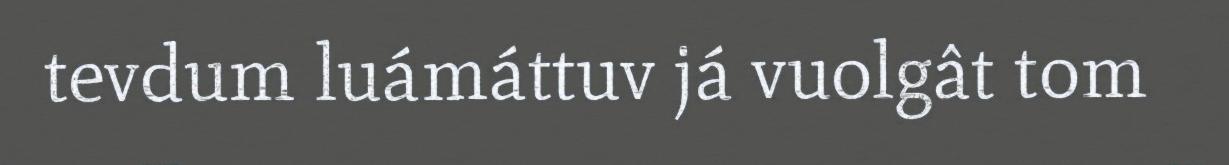
tevdum luámáttuv já vuolgât tom